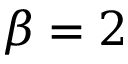
\beta = 2